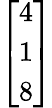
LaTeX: \left[\begin{array}{l}{4}\\ {1}\\ {8}\end{array}\right]